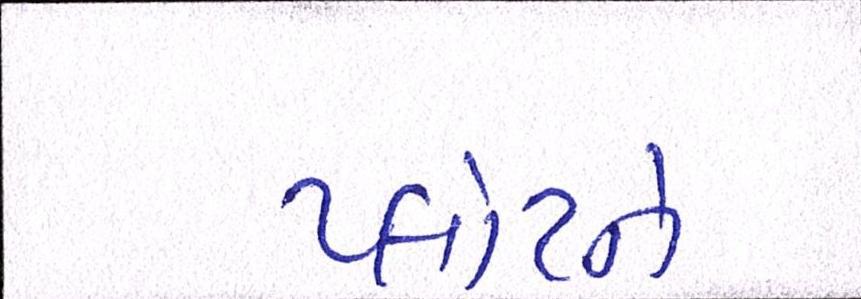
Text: પ્લોટને